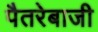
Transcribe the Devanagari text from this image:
पैतरेबाजी